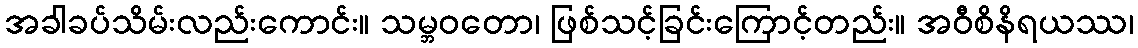
အခါခပ်သိမ်းလည်းကောင်း။ သမ္ဘဝတော၊ ဖြစ်သင့်ခြင်းကြောင့်တည်း။ အဝီစိနိရယဿ၊